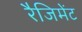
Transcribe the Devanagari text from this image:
रैजिमेंट